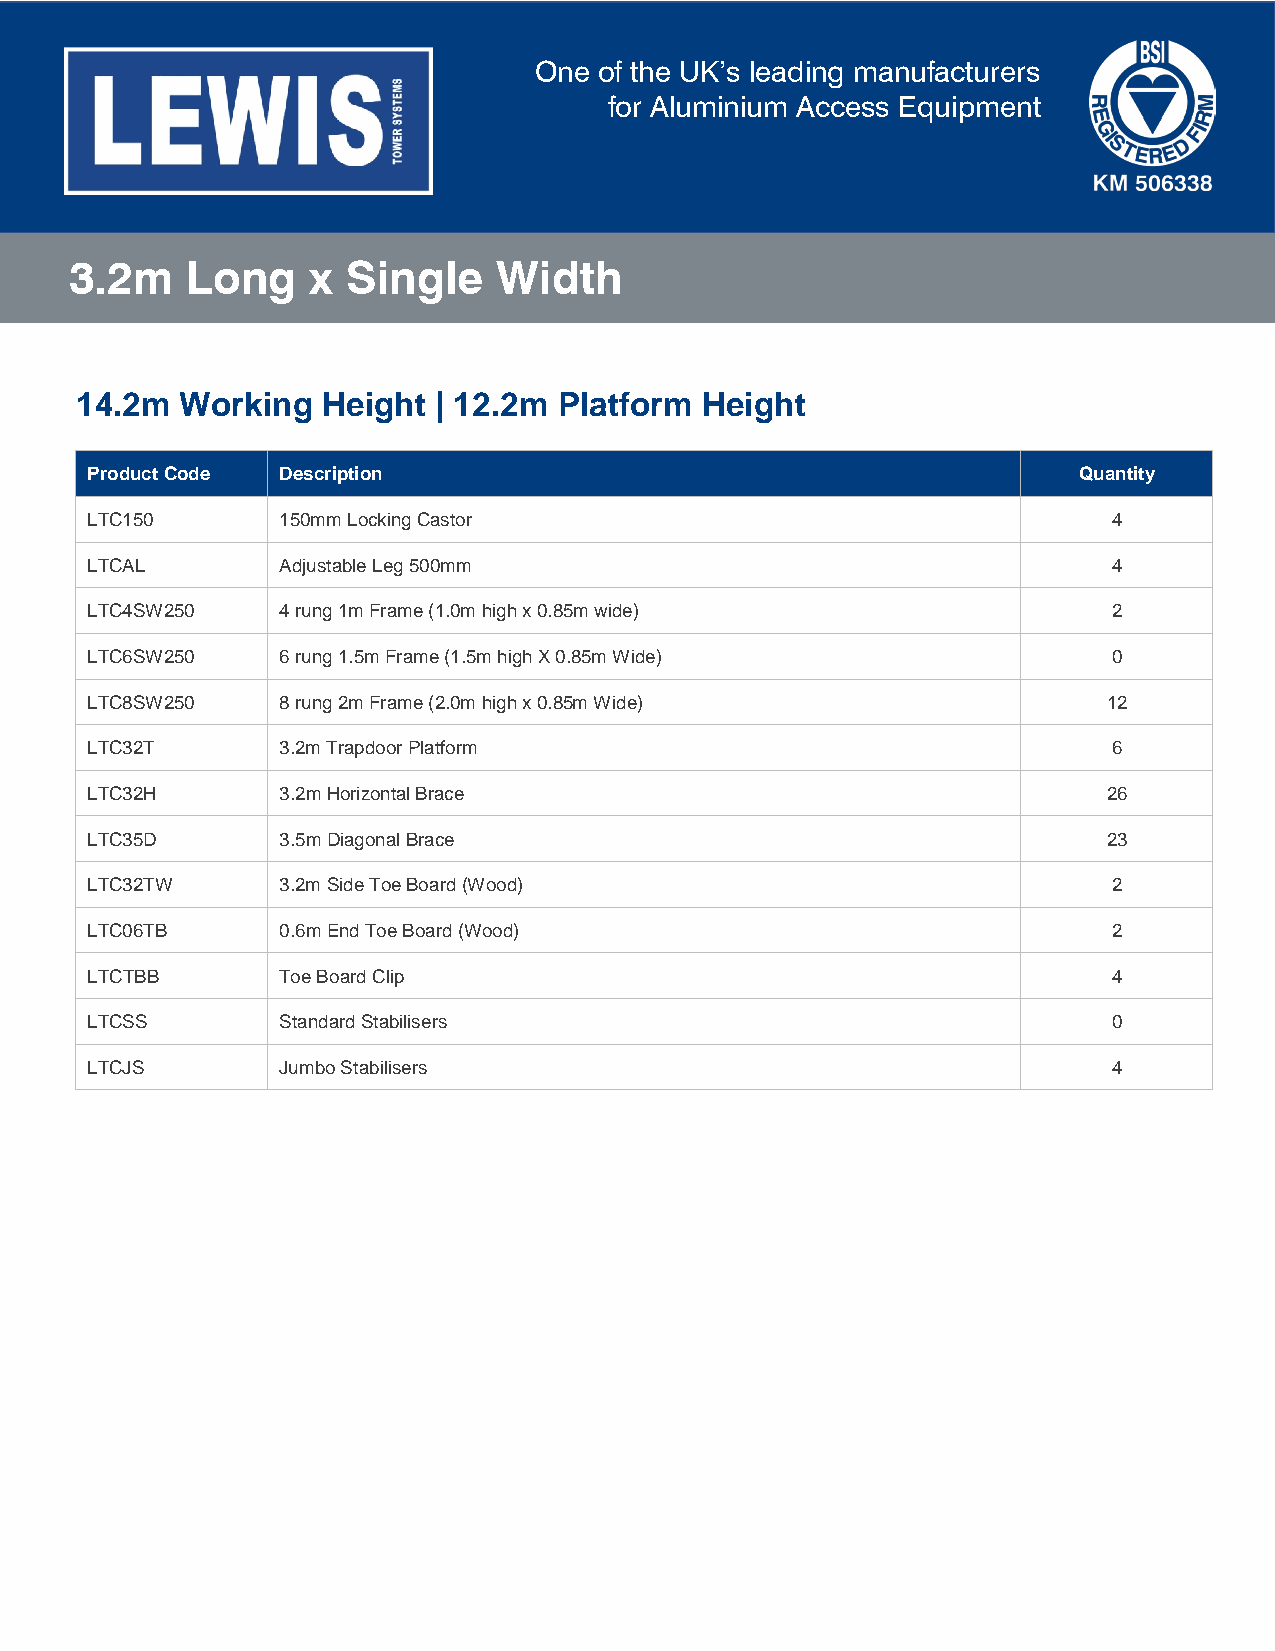
One  of the UK’s leading manufacturers
 for Aluminium Access Equipment
 3.2m   Long     x Single    Width
 14.2m  Working  Height  | 12.2m Platform Height
 Product Code Description                                         Quantity
 LTC150      150mm Locking Castor                                    4
 LTCAL       Adjustable Leg 500mm                                    4
 LTC4SW250   4 rung 1m Frame (1.0m high x 0.85m wide)                2
 LTC6SW250   6 rung 1.5m Frame (1.5m high X 0.85m Wide)              0
 LTC8SW250   8 rung 2m Frame (2.0m high x 0.85m Wide)               12
 LTC32T      3.2m Trapdoor Platform                                  6
 LTC32H      3.2m Horizontal Brace                                  26
 LTC35D      3.5m Diagonal Brace                                    23
 LTC32TW     3.2m Side Toe Board (Wood)                              2
 LTC06TB     0.6m End Toe Board (Wood)                               2
 LTCTBB      Toe Board Clip                                          4
 LTCSS       Standard Stabilisers                                    0
 LTCJS       Jumbo Stabilisers                                       4